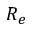
R _ { e }